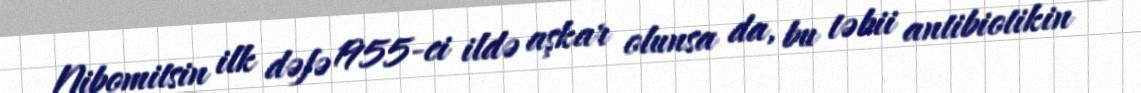
Nibomitsin ilk dəfə 1955-ci ildə aşkar olunsa da, bu təbii antibiotikin